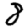
Digit: 8